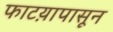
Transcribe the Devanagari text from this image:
फाटय़ापासून